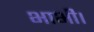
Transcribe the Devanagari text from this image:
भाभी।